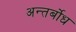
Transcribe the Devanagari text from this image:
अन्तर्बोध